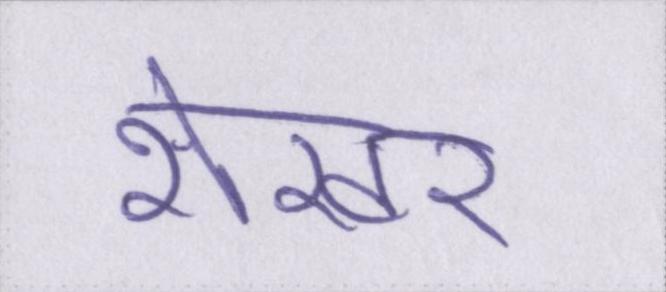
शेखर